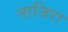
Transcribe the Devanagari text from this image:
नाजिरा